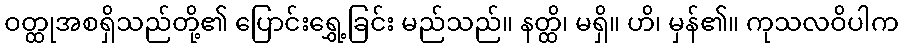
ဝတ္ထုအစရှိသည်တို့၏ ပြောင်းရွှေ့ခြင်း မည်သည်။ နတ္ထိ၊ မရှိ။ ဟိ၊ မှန်၏။ ကုသလဝိပါက